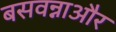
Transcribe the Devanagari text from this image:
बसवन्नाऔर